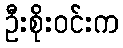
ဦးစိုးဝင်းက